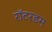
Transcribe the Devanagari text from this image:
रॉटरडम